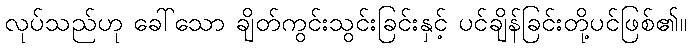
လုပ်သည်ဟု ခေါ်သော ချိတ်ကွင်းသွင်းခြင်းနှင့် ပင်ချိန်ခြင်းတို့ပင်ဖြစ်၏။